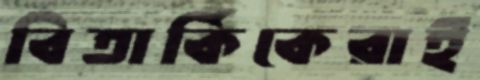
বিতার্কিকেরাই